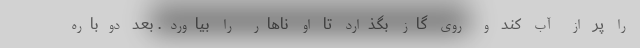
را پر از آب کند و روی گاز بگذارد تا او ناهار را بیاورد. بعد دوباره